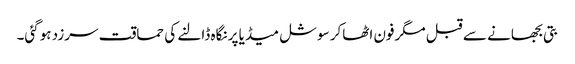
بتی بجھانے سے قبل مگرفون اٹھاکر سوشل میڈیا پر نگاہ ڈالنے کی حماقت سرزد ہوگئی۔